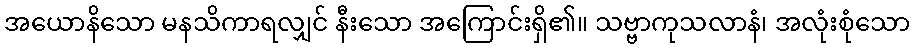
အယောနိသော မနသိကာရလျှင် နီးသော အကြောင်းရှိ၏။ သဗ္ဗာကုသလာနံ၊ အလုံးစုံသော